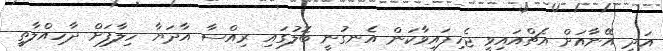
އަދި އޭނާއަށް އެޗްއައިވީ ޖެހިފައިވާކަން އެނގުނީ ބޮލުގައި ރިއްސާ އާދަޔާ ހިލާފަށް ދާހިއްލާތީ